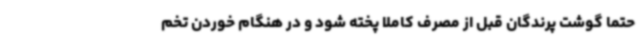
حتما گوشت پرندگان قبل از مصرف کاملا پخته شود و در هنگام خوردن تخم